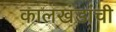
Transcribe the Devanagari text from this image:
कालखंडांची